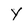
Character: y